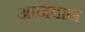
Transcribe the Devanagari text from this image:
आनबान